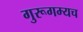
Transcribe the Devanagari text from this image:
गुरूगम्यच